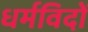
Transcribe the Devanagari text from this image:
धर्मविदों